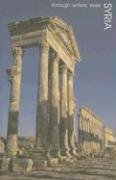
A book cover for Syria: Through Writers' Eyes (Through Writers' Eyes); Marius Kociejowski; Travel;